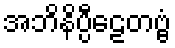
အဘိနိပ္ပီဠေတဗ္ဗံ